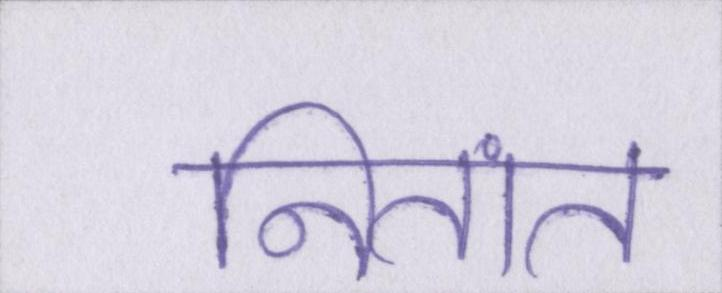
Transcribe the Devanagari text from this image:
नितांत